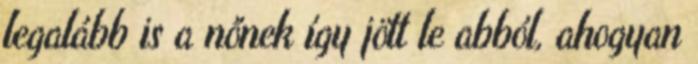
legalább is a nőnek így jött le abból, ahogyan